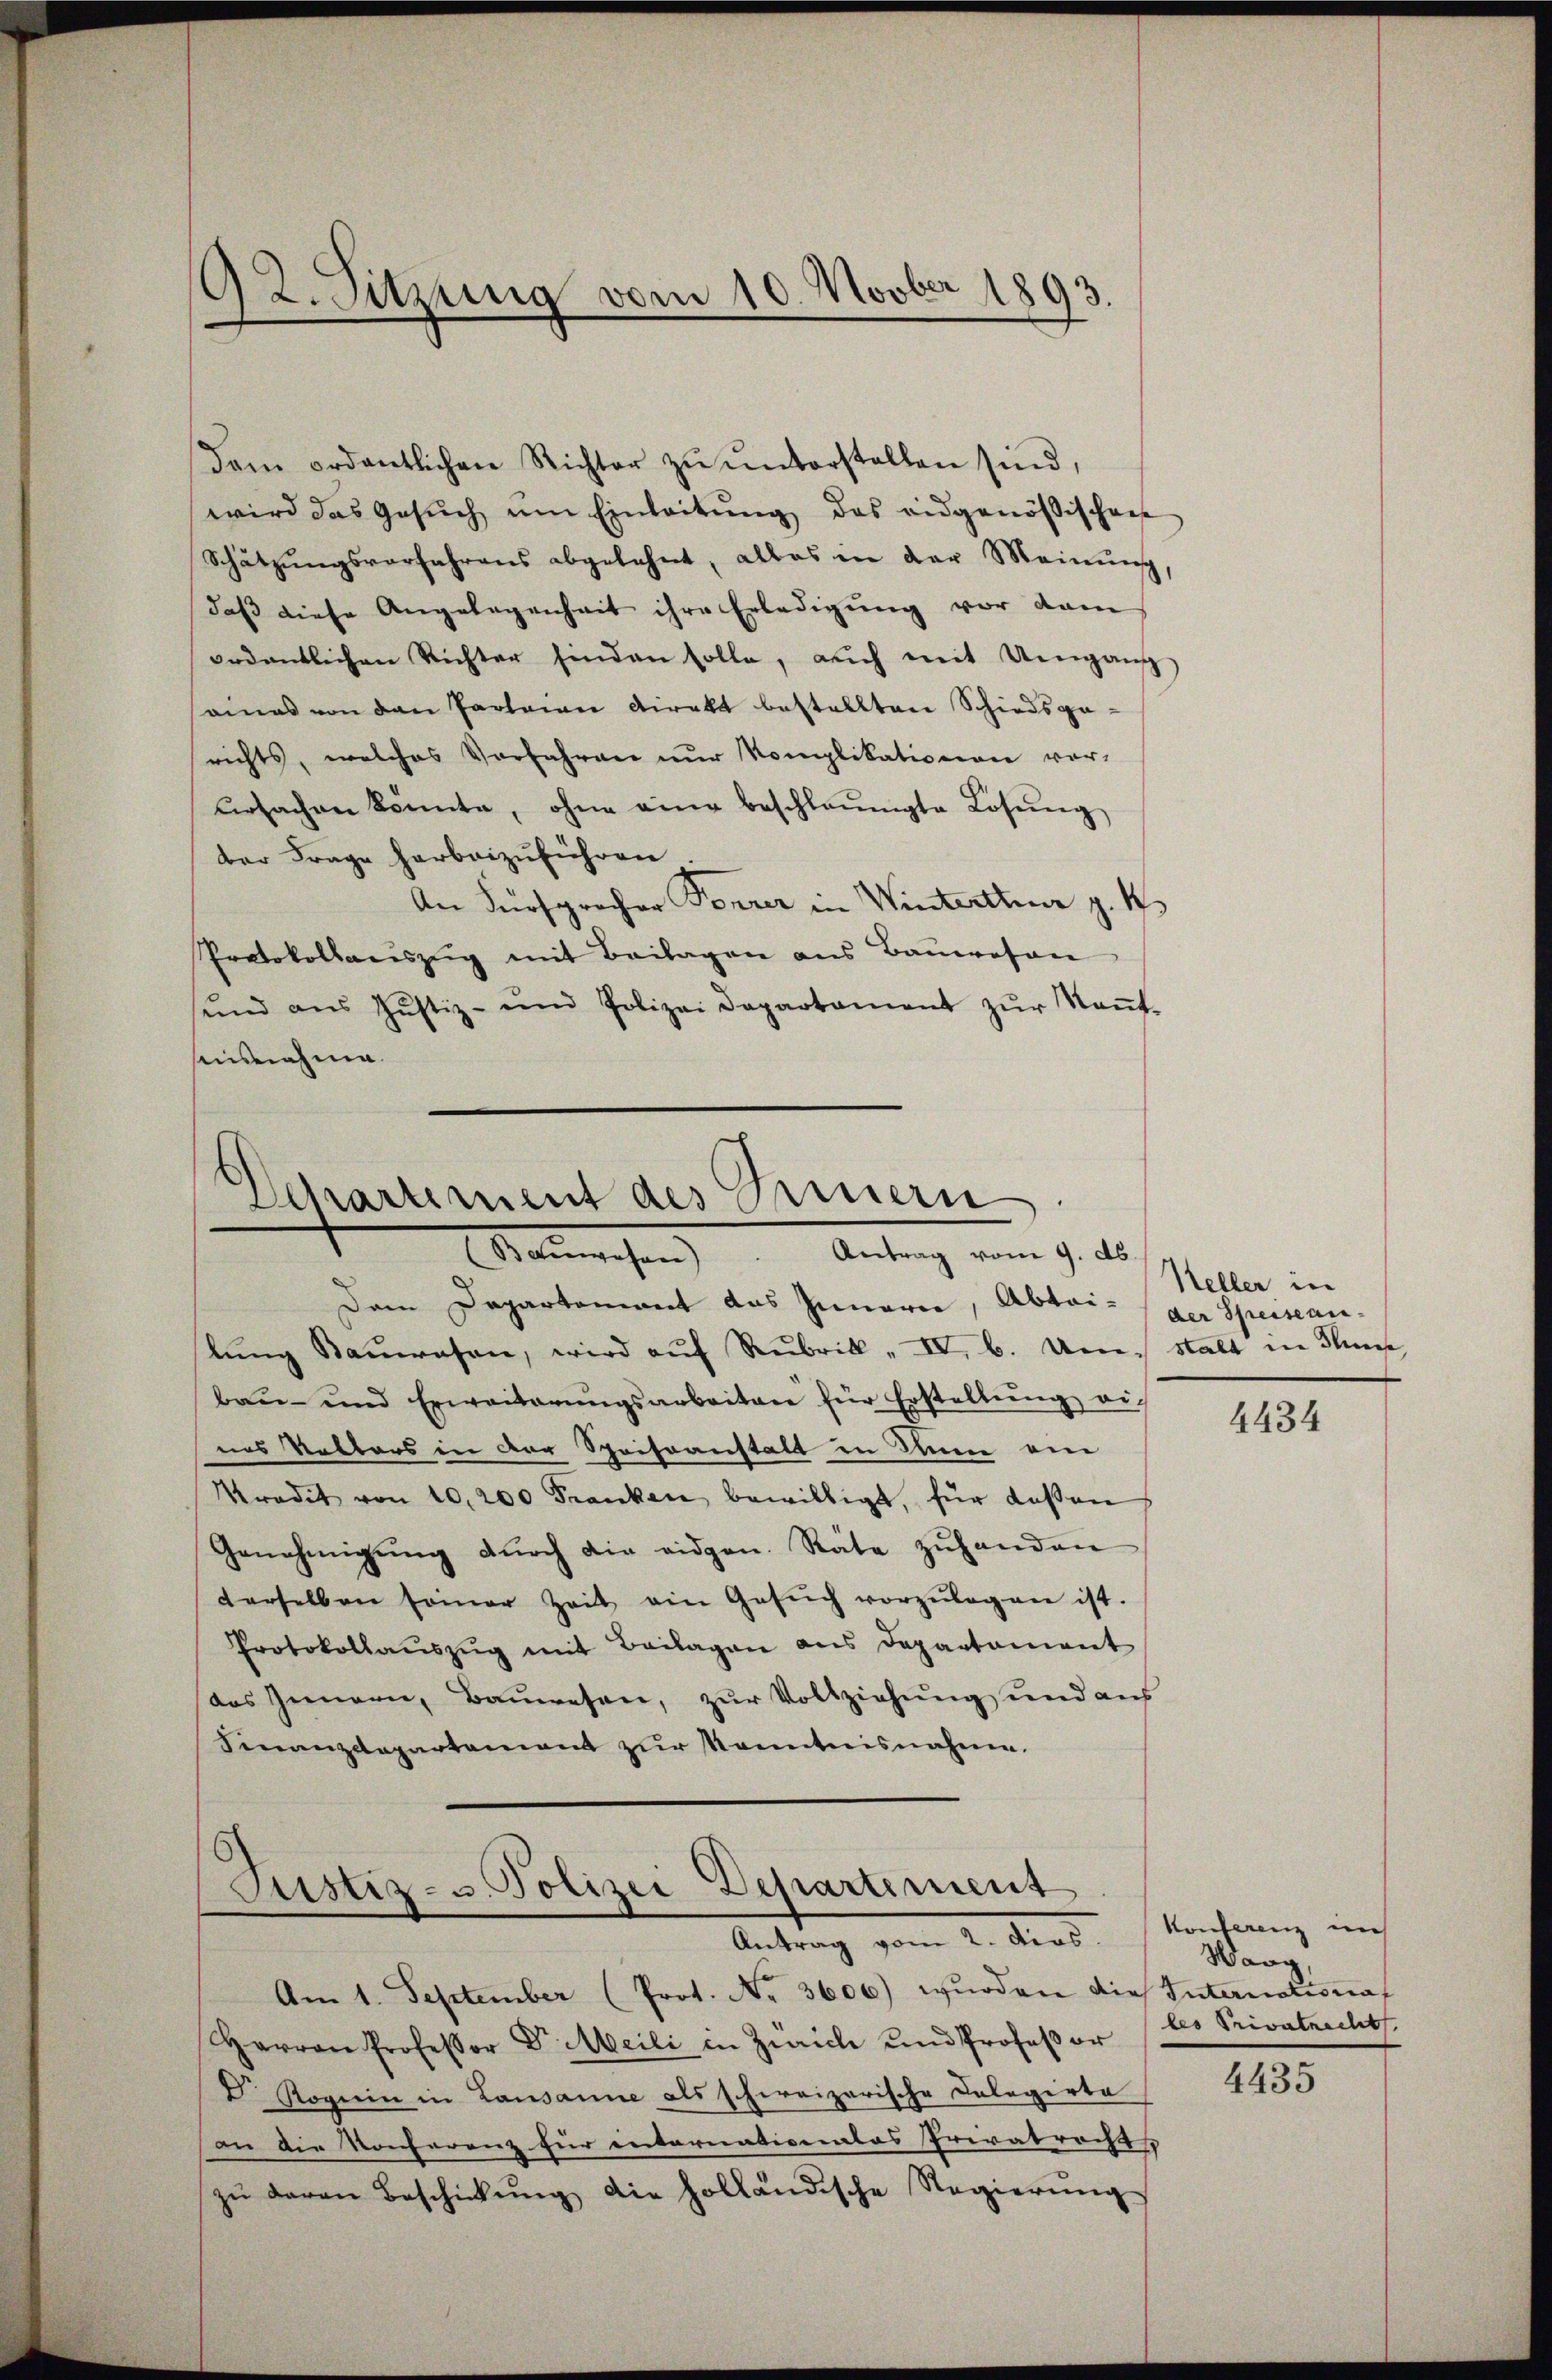
92. Sitzung vom 10. Novber 1893

dem ordentlichen Richter zŭ ŭnterstellen sind,
wird das Gesuch um Einleitung das eidgenößischen
Schätzungsverfahrens abgelehnt, alles in der Meinung
daß diese Angelegenheit ihre Erledigung vor dam
ordentlichen Richter finden solle, auch mit Umgang
seines von den Parteien Direkt bestellten Schiedsge-
richts, welches Vorfahren nur Komplikationen vorŭrsachen könnte, ohne eine beschleunigte Lösŭng
der Frage harbeizuführen
An Fürsprocher Forrer in Winterther z. B.
Protokollauszug mit Beilagen aus Bauwesen
ŭnd aŭs Jŭstiz- und Polizei Departament zŭr Keṅt-
Ausnahme.

Dem Departement das Innern, Abtailŭng Baŭwesen, wird aŭf Rubrik „ IV. b. Um stalt in Sinne
bau- und Erweiterŭngsarbeiten für Erstellŭng ei-
nns Vetters in der Speiseanstalt in Nun ein
Pradit von 10,200 Franken bewilligt, für dassen
Genehmigŭng dŭrch die eidgen. Räte zŭhanden
derselben seiner Zeit ein Gesŭch vorzŭlegen ist.
Protokollaŭszŭg mit Beilagen aus Departament
das Genern, Baŭwesen, zŭr Vollziehŭng und aus
Finanzdepartament zŭr Kenntnisnahme.

Departement des Innern
Baŭwesen). Antrag vom 9. d.

Justiz- u. Polizei Departement
Antrag vom 2. ders.

Am 1. September (Prot. Nr. 3600) wurden die International
Harren Professor Dr. Meili in Zürich und Profeßor
D Roguin in Lausanne als schreizerische Colegirte
an die Konferenz für internationales Privatrechts
zŭ davon Beschickŭng die holländische Regierŭng

Keller in
der Speisean¬

4434

Konferenz ins
Wang,
les Privatrecht

4435